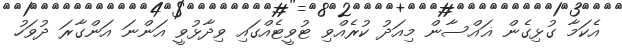
އެކަމާ ގުޅިގެން ޣައްސާން މިއަދު ކުރެއްވި ޓުވީޓެއްގައި ވިދާޅުވީ އަންނަ އަންގާރަ ދުވަހު